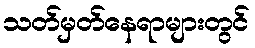
သတ်မှတ်နေရာများတွင်